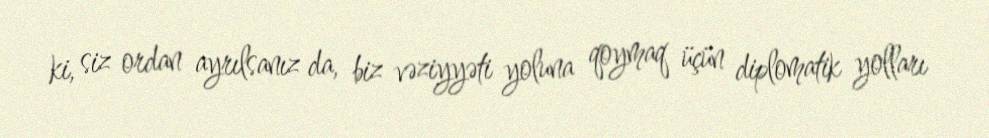
ki, siz ordan ayrılsanız da, biz vəziyyəti yoluna qoymaq üçün diplomatik yolları